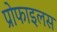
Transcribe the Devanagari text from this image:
प्रोफाइलस